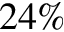
2 4 \%